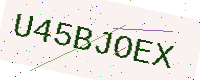
Text: U45BJOEX